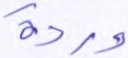
وردة